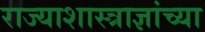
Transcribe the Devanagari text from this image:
राज्याशास्त्राज्ञांच्या